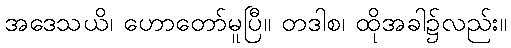
အဒေသယိ၊ ဟောတော်မူပြီ။ တဒါစ၊ ထိုအခါ၌လည်း။